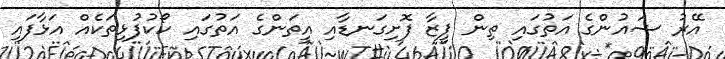
އޭރު ޝައުންގެ އަތުގައި ތިން ޕީޒާ ފޮށިގަނޑާއި އީތަންގެ އަތުގައި ކޯކުފުޅިތަކެއް އަޅާފައި